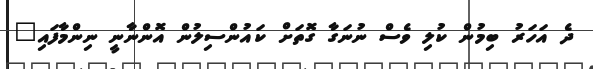
ދެ އަހަރު ބިމުން ކުލި ވެސް ނުނަގާ ގޮތަށް ކައުންސިލުން އޮންނާނީ ނިންމާފައި"